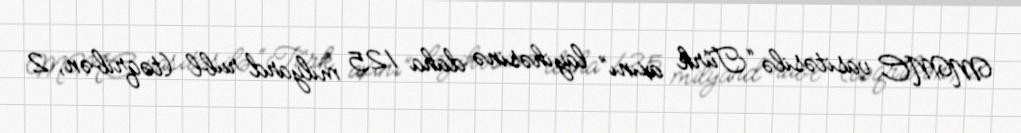
MMC vasitəsilə “Türk axını” layihəsinə daha 125 milyard rubl (təqribən, 2